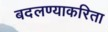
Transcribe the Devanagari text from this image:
बदलण्याकरिता